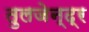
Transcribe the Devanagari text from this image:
तुलजेन्द्र